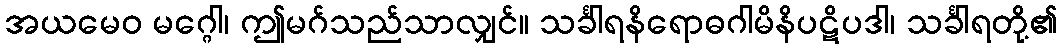
အယမေဝ မဂ္ဂေါ၊ ဤမဂ်သည်သာလျှင်။ သင်္ခါရနိရောဓဂါမိနိပဋိပဒါ၊ သင်္ခါရတို့၏